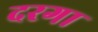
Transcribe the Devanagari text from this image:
दरगा